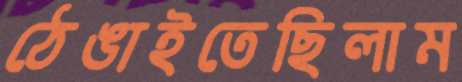
ঠেঙাইতেছিলাম